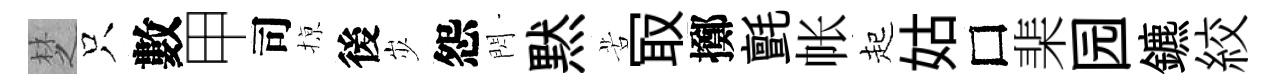
椘只數甲司𢱊後𡵯怨閃黙苦冣擲氈帐起姑□棐园鑣絞